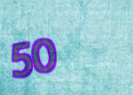
50%